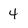
Character: 4